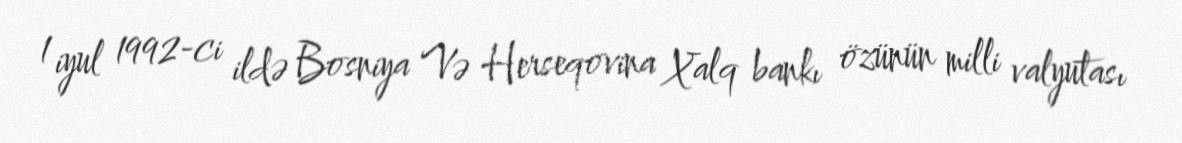
1 iyul 1992-ci ildə Bosniya Və Herseqovina Xalq bankı özünün milli valyutası